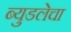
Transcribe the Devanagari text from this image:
ब्युडलेचा